system: You are a helpful assistant.
user:
Analyze the provided spectrum to determine if it is a **Carbon Star (C-type)**.

- **Key Visual Indicators of Carbon Star:**
    - **(Primary):** Strong molecular absorption from **C₂ (diatomic carbon) "Swan Bands."** This is the **defining feature** of a carbon star.
        - **(Key Bandheads):** Sharp absorption edges are visible at approximately $5635$ Å, $5165$ Å (the strongest band), and $4737$ Å.
        - **(Line Profile):** Creates a distinct **"saw-tooth"** pattern. The key morphology is a sharp, steep bandhead on the **red (long-wavelength) side**, which then gradually tapers off (i.e., flux recovers) towards the **blue (short-wavelength) side**. *(This is the direct opposite of the TiO bands seen in M-type stars)*.

    - **(Secondary):** Intense **CN (cyanogen)** molecular absorption bands.
        - **(Key Bandheads):** Located in the blue and violet regions of the spectrum (e.g., near $4215$ Å and $3883$ Å).
        - **(Morphology):** These bands are extremely broad and act as a "blanket," absorbing the vast majority of blue and violet light. This creates a characteristic **"cliff"** or **"steep drop-off"** in the spectrum's flux at short wavelengths.

    - **(Key Confirmation):** Strong **CH absorption band (G-band)**.
        - **(Key Bandhead):** Located around $4300$ Å. The contribution from CH molecules to this band is exceptionally strong.

    - **(Overall Spectrum):**
        - The continuum is severely "chopped up" by these deep molecular bands, especially C₂, rather than appearing as a smooth curve.
        - Due to the heavy CN and C₂ absorption in the blue-green, the vast majority of the star's flux is concentrated in the red part of the spectrum, giving the star its characteristic deep red color.

Think first, call **spectral_visualization_tool** if needed to examine features in detail, then provide your final answer. Your response must adhere to the following strict rules:
1.  **Overall Structure:** Your response must follow the format `<think>...</think> <tool_call>...</tool_call> (if a tool is used) <answer>...</answer>`.
2.  **Tool Usage Constraint:** You may only make **one** tool call per turn.
3.  **Final Answer Format:** In the `<answer>` tag, your conclusion must be inside a `\boxed{}` command (e.g., `\boxed{YES}`), followed by your justification.

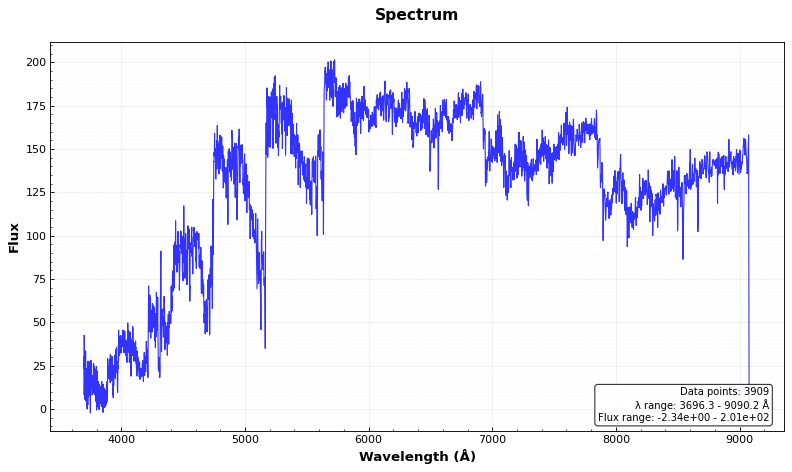
Answer: YES